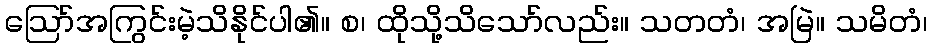
ဩော်အကြွင်းမဲ့သိနိုင်ပါ၏။ စ၊ ထိုသို့သိသော်လည်း။ သတတံ၊ အမြဲ။ သမိတံ၊